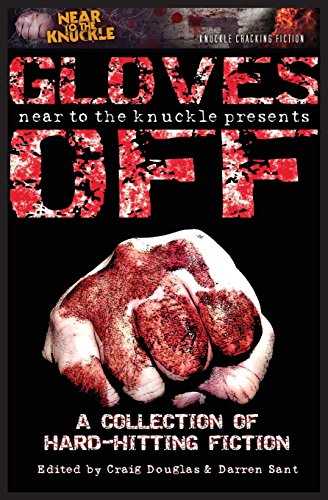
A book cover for Gloves Off: A Near To The Knuckle Anthology; Literature & Fiction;